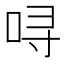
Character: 㖊